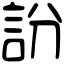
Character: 訜